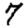
Digit: 7